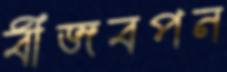
বীজবপন